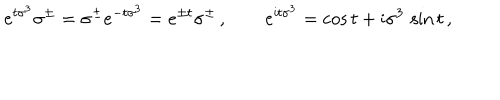
e ^ { t \sigma ^ { 3 } } \sigma ^ { \pm } = \sigma ^ { \pm } e ^ { - t \sigma ^ { 3 } } = e ^ { \pm t } \sigma ^ { \pm } \, , \qquad e ^ { \mathrm { i } t \sigma ^ { 3 } } = \cos t + \mathrm { i } \sigma ^ { 3 } \, \sin t \, ,